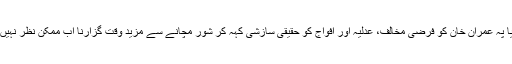
میڈیا پہ عمران خان کو فرضی مخالف، عدلیہ اور افواج کو حقیقی سازشی کہہ کر شور مچانے سے مزید وقت گزارنا اب ممکن نظر نہیں آتا۔